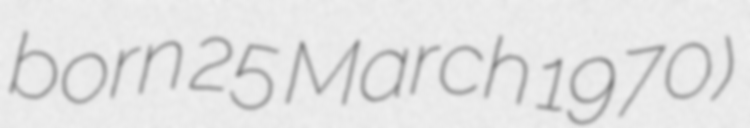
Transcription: born 25 March 1970)